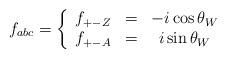
LaTeX: \begin{align*}{f}_{abc} = \left\{ \begin{array} {ccc} {f}_{+-Z}&=&- i \cos\theta_W\\ {f}_{+-A}& =&i \sin\theta_W \end{array}\right.\end{align*}